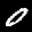
Label: 0